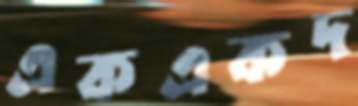
একএকদ